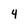
Character: 4